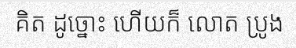
គិត ដូច្នោះ ហើយក៏ លោត ប្រូង